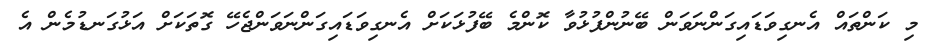
މި ކަންތައް އެނގިވަޑައިގަންނަވަން ބޭނުންފުޅުވާ ކޮންމެ ބޭފުޅަކަށް އެނގިވަޑައިގަންނަވަންޖެހޭ ގޮތަކަށް އަޅުގަނޑުމެން އެ